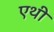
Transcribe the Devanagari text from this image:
एथी